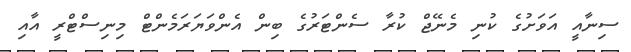
ސިނާއީ އަވަށުގެ ކުނި މެނޭޖް ކުރާ ސެންޓަރުގެ ބިން އެންވަޔަރަމެންޓް މިނިސްޓްރީ އާއި